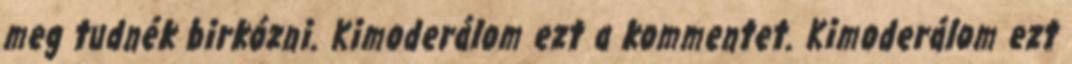
meg tudnék birkózni. Kimoderálom ezt a kommentet. Kimoderálom ezt